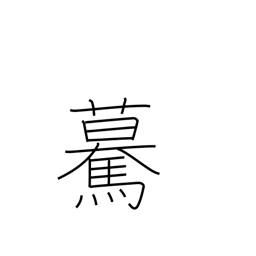
Meaning: going straight forward